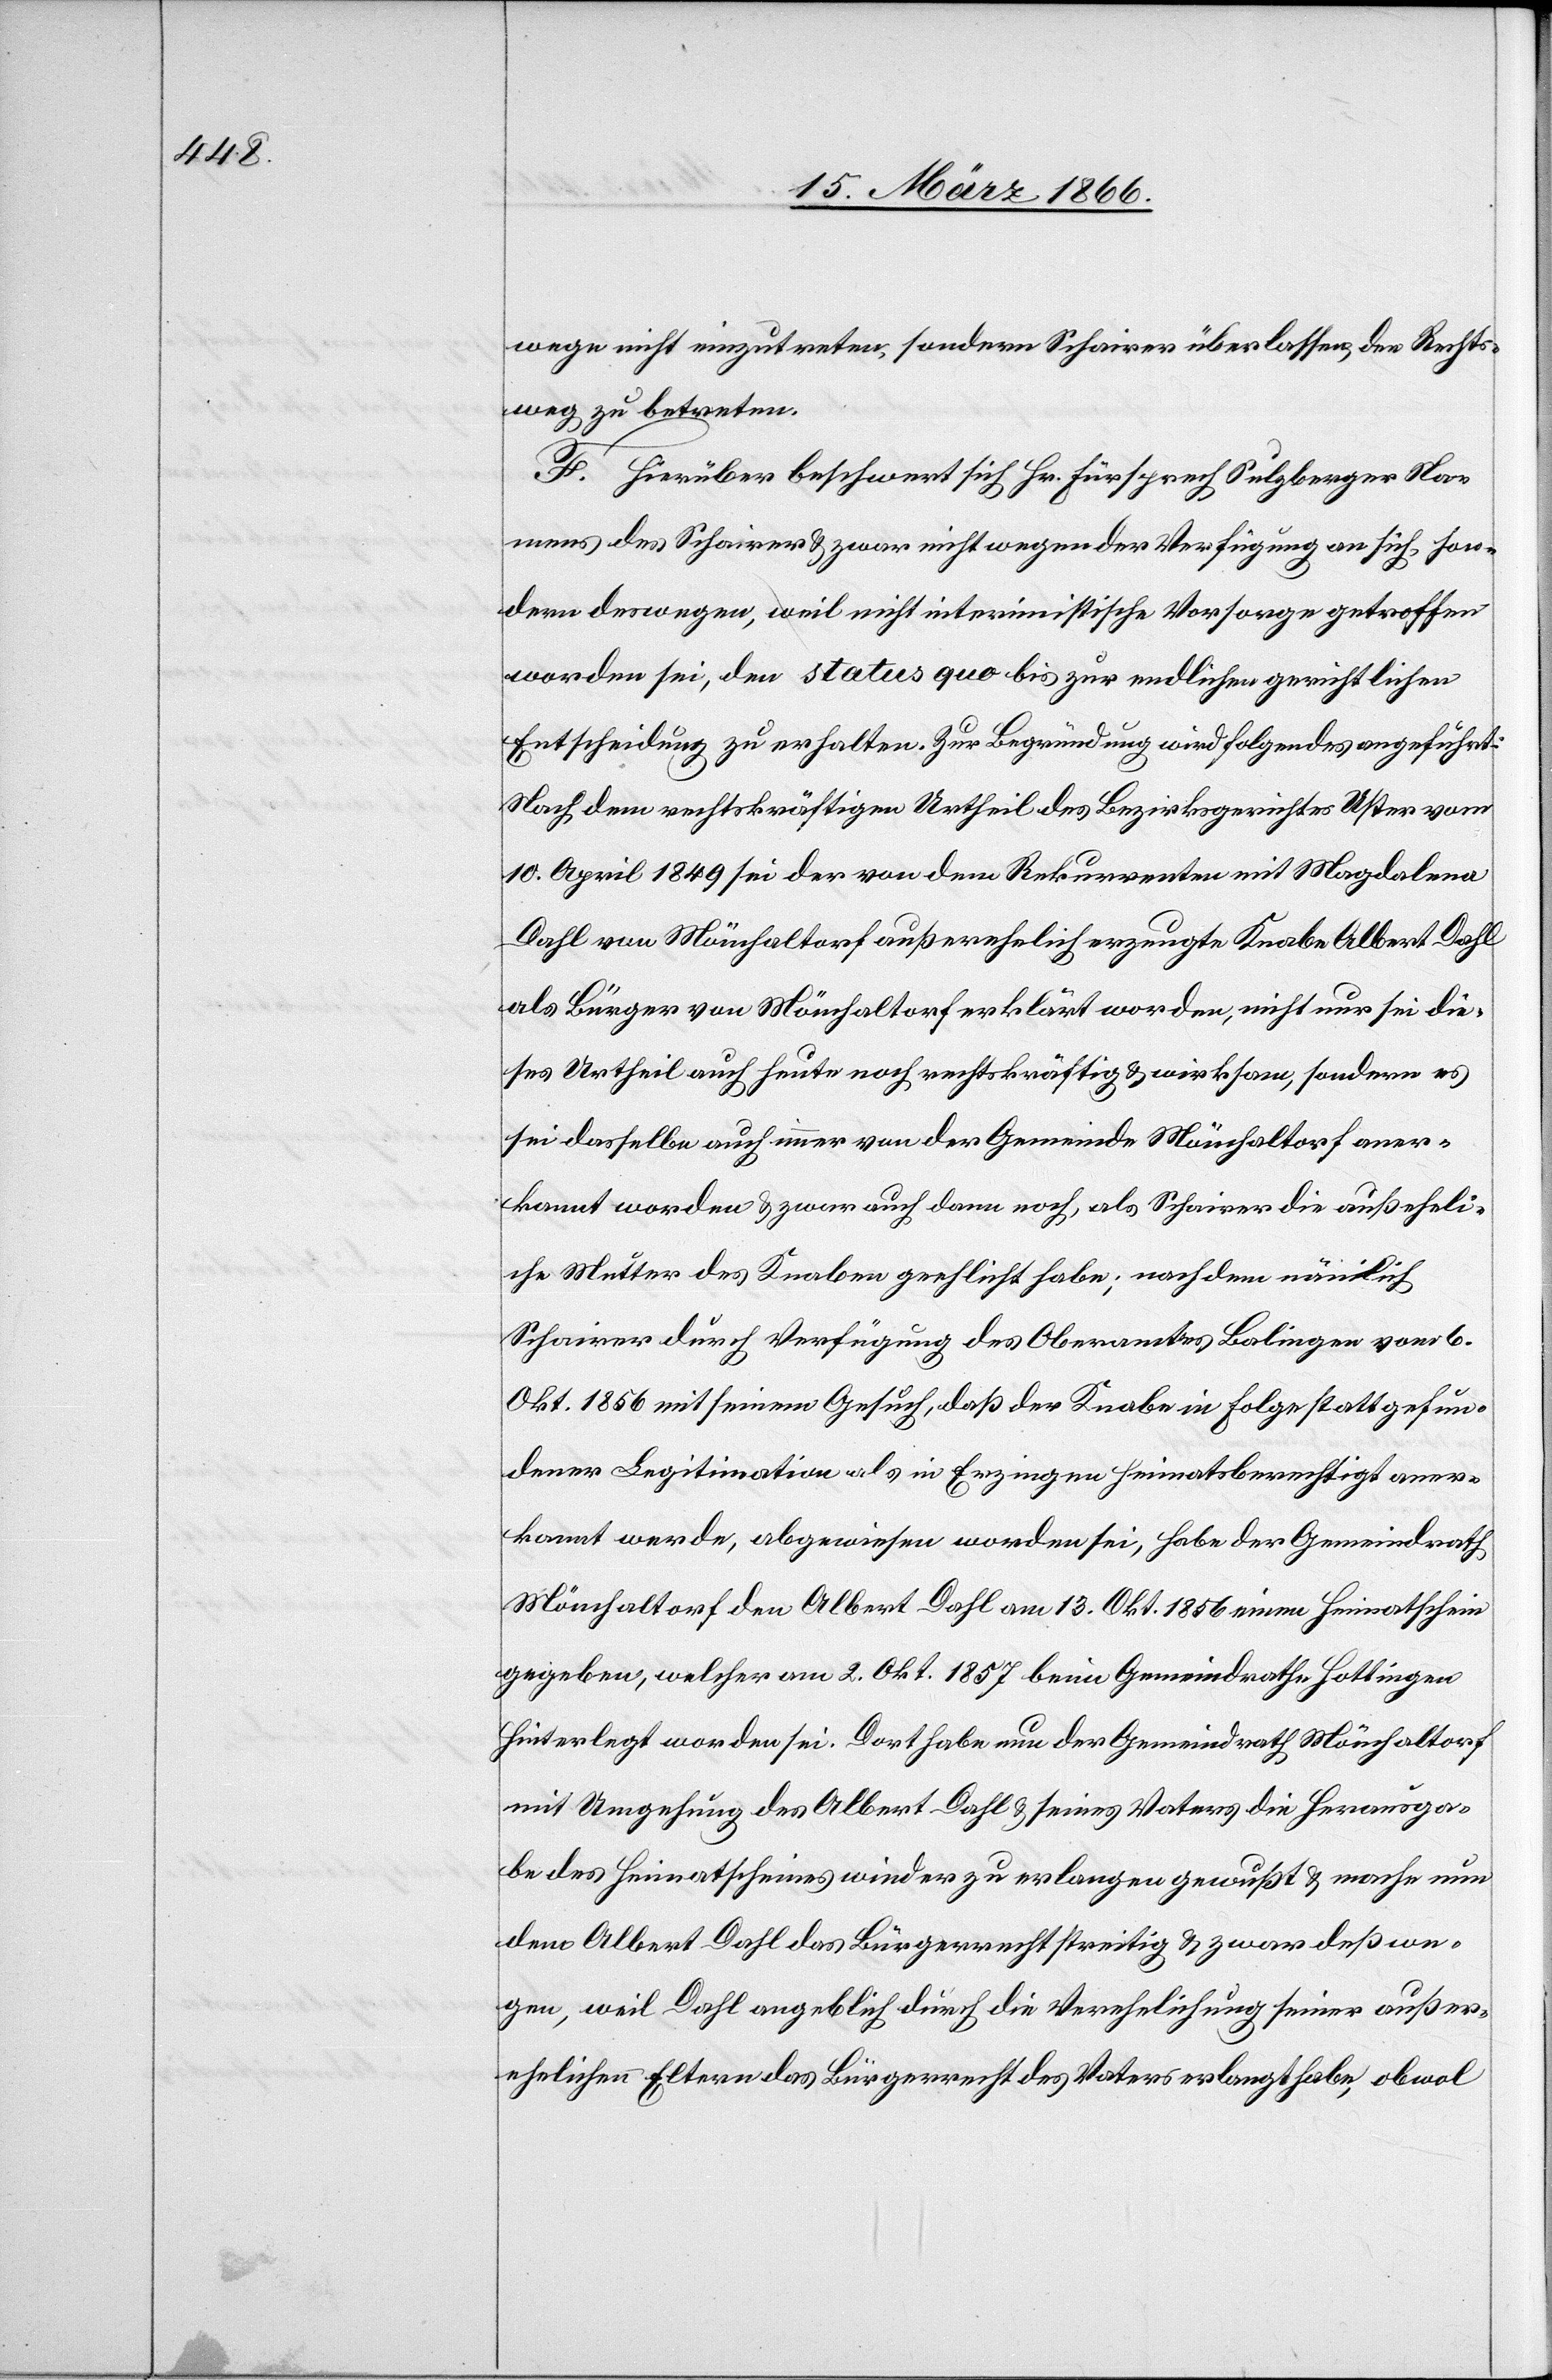
13.

wege nicht einzutreten, sondern Schairer überlassen, den Rechts¬
weg zu betreten.
F. Hierüber beschwert sich Hr. Fürsprech Sulzberger Na¬
mens des Schairer u. zwar nicht wegen der Verfügung an sich, son¬
dern deswegen, weil nicht interimistische Vorsorge getroffen
worden sei, den status quo bis zur endlichen gerichtlichen
Entscheidung zu erhalten. Zur Begründung wird folgendes angeführt:
Nach dem rechtskräftigen Urtheil des Bezirksgerichtes Uster vom
10. April 1849 sei der von dem Rekurrenten mit Magdalena
Dahl von Mönchaltorf außerehelich erzeugte Knabe Albert Dahl
als Bürger von Mönchaltorf erklärt worden, nicht nur sei die¬
ses Urtheil auch heute noch rechtskräftig u. wirksam, sondern es
sei dasselbe auch immer von der Gemeinde Mönchaltorf aner¬
kannt worden u. zwar auch dann noch, als Schairer die auß[er]eheli¬
che Mutter des Knaben geehlicht habe; nachdem nämlich
Schairer durch Verfügung des Oberamtes Balingen vom 6.
Okt. 1856 mit seinem Gesuch, daß der Knabe in Folge stattgefun¬
dener Legitimation als in Erzingen heimatsberechtigt aner¬
kannt werde, abgewiesen worden sei, habe der Gemeindrath
gegeben, welcher am 2. Okt 1857 beim Gemeindrathe Hottingen
hinterlegt worden sei. Dort habe nun der Gemeindrath Mönchaltorf
mit Umgehung des Albert Dahl u. seines Vaters die Herausga¬
be des Heimatscheines wieder zu erlangen gewußt u. mache nun
dem Albert Dahl das Bürgerrecht streitig u. zwar deßwe¬
gen, weil Dahl angeblich durch die Verehelichung seiner außer¬
ehelichen Eltern das Bürgerrecht des Vaters erlangt habe, obwol